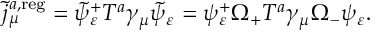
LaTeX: \widetilde { j } _ { \mu } ^ { a , \mathrm { r e g } } = \widetilde { \psi } _ { \varepsilon } ^ { + } T ^ { a } \gamma _ { \mu } \widetilde { \psi } _ { \varepsilon } = \psi _ { \varepsilon } ^ { + } \Omega _ { + } T ^ { a } \gamma _ { \mu } \Omega _ { - } \psi _ { \varepsilon } .